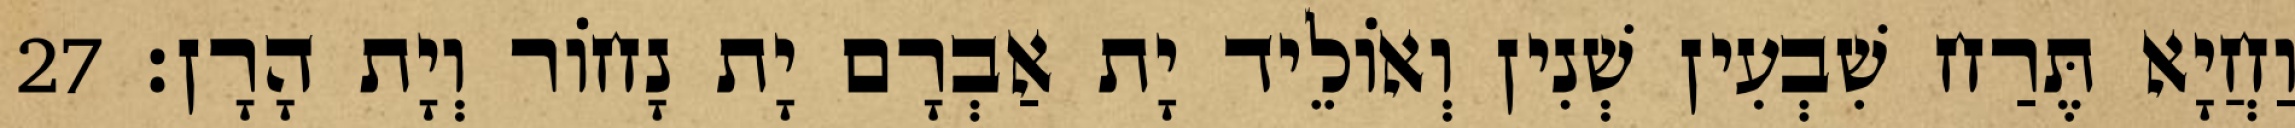
וַחֲיָא תֶּרַח שִׁבְעִין שְׁנִין וְאוֹלֵיד יָת אַבְרָם יָת נָחוֹר וְיָת הָרָן׃ 27